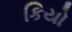
કિયો